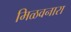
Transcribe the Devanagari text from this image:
मिळवनारा